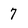
Character: 7